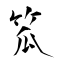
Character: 笟